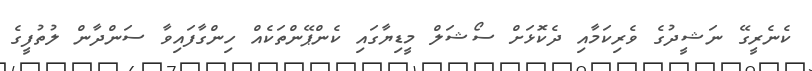
ކެނެރީގޭ ނަޝީދުގެ ވެރިކަމާއި ދެކޮަޅަށް ސޯޝަލް މީޑިޔާގައި ކެންޕޭންތަކެއް ހިންގާފައިވާ ސަންދާން ލުތުފީގެ